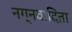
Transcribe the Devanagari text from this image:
नग्नवादिता